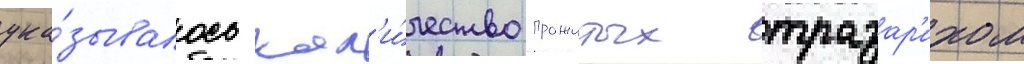
ука́зывалось кол'и́чество прожитых тразар'ихом